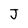
Character: J